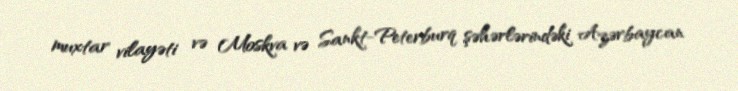
muxtar vilayəti və Moskva və Sankt-Peterburq şəhərlərindəki Azərbaycan